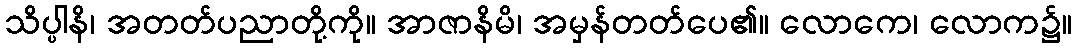
သိပ္ပါနိ၊ အတတ်ပညာတို့ကို။ အာဇာနိမိ၊ အမှန်တတ်ပေ၏။ လောကေ၊ လောက၌။